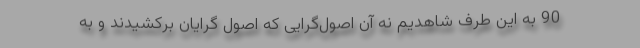
90 به این طرف شاهدیم نه آن اصول‌گرایی که اصول گرایان برکشیدند و به